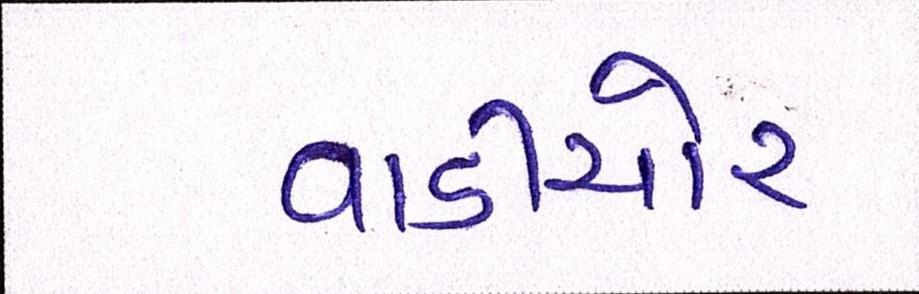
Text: વાડીચોર